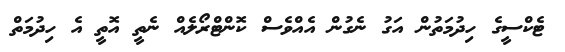
ޓެކްސީގެ ހިދުމަތުން އަގު ނެގުން އެއްވެސް ކޮންޓްރޯލެއް ނެތީ އޮތީ އެ ހިދުމަތް